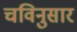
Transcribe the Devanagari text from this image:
चविनुसार